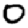
Digit: 0